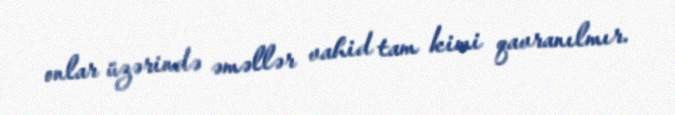
onlar üzərində əməllər vahid tam kimi qavranılmır.